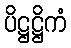
ပိဋ္ဌဋ္ဌိကံ